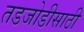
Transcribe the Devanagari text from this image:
तडजोडीसाठी